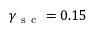
\gamma _ { \mathrm { ~ s ~ c ~ } } = 0 . 1 5